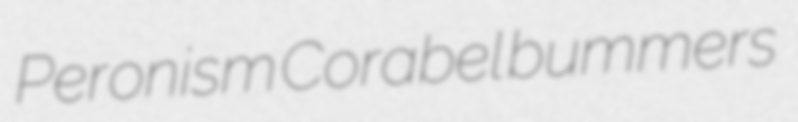
Peronism Corabel bummers